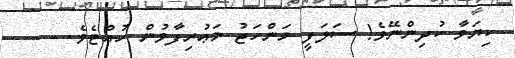
ކިޔަވާ ކުދިންނޭވެ! ސަލަފީ މަންހަޖު މަޢުރިފާވުން ހުއްޓެވެ. -